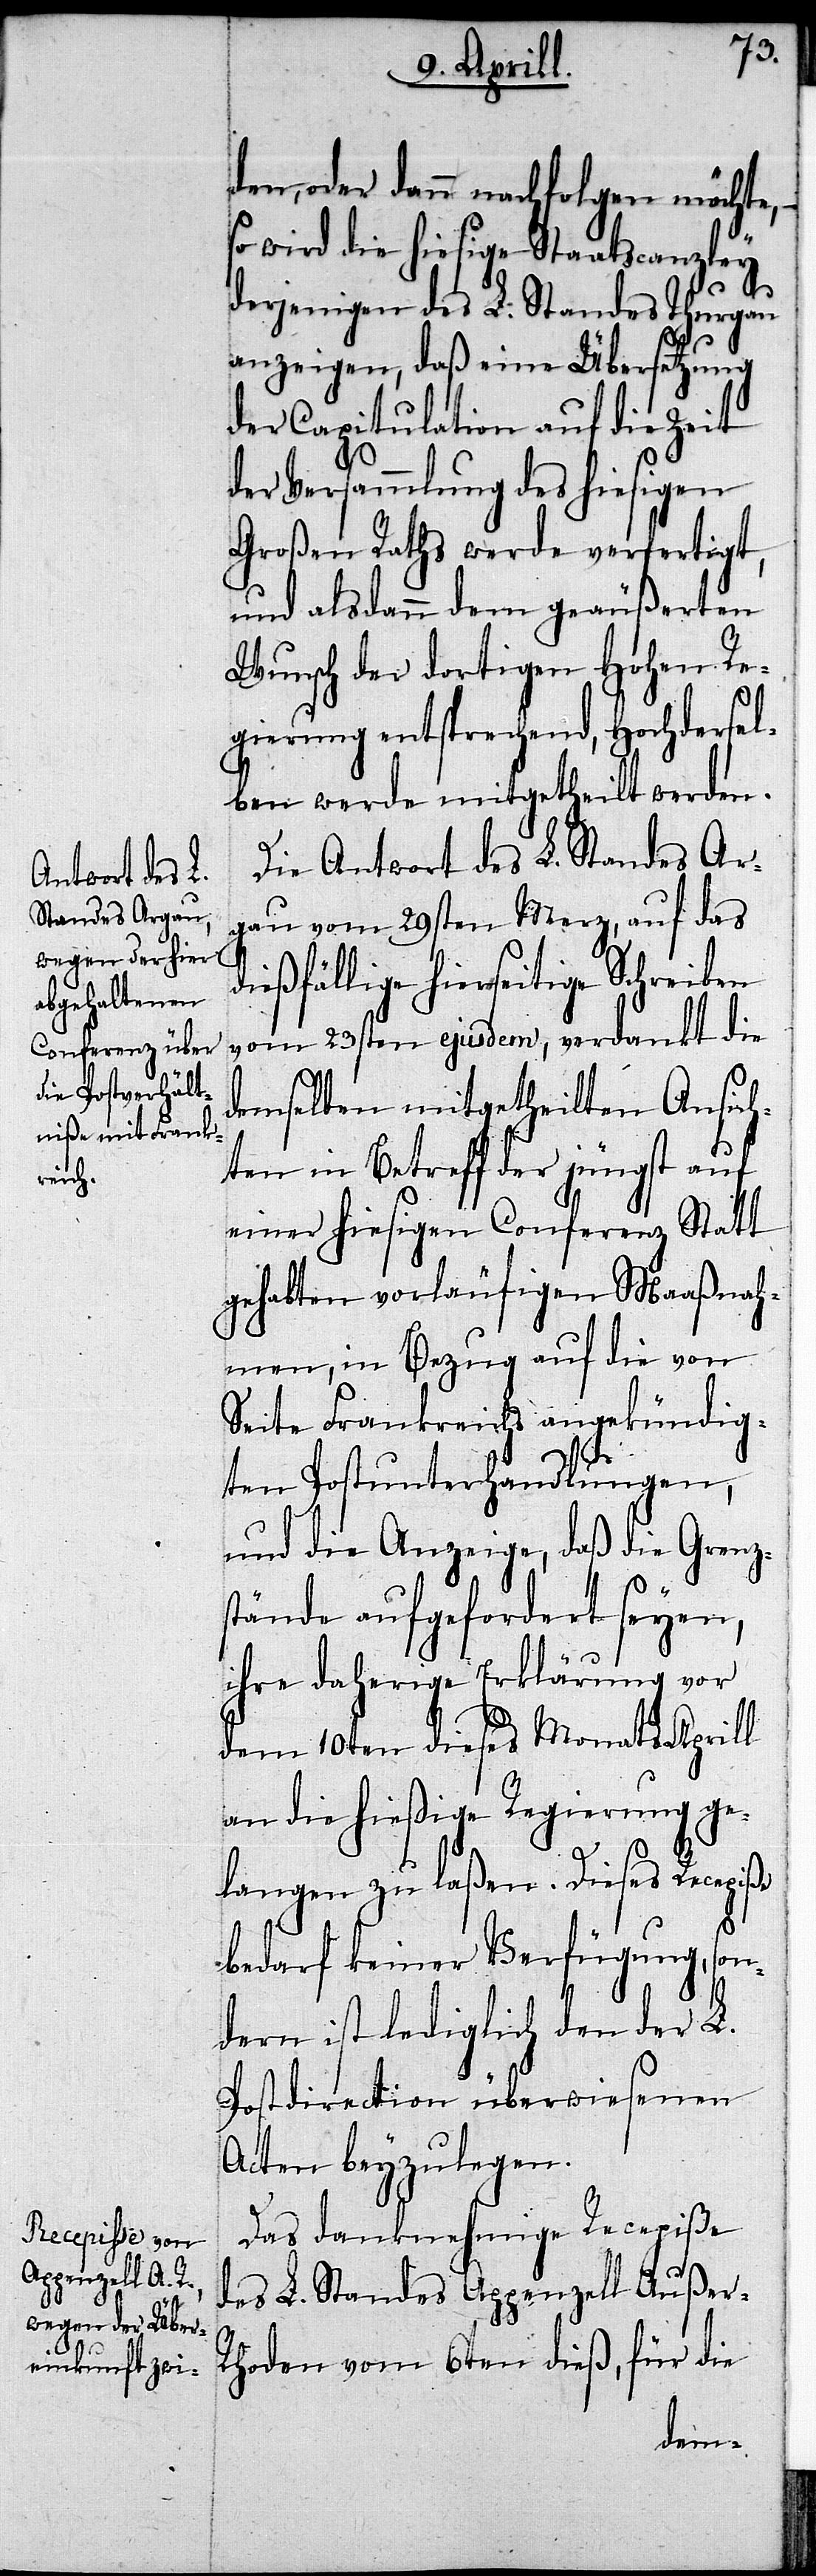
den, oder dann nachfolgen möchte,–
so wird die hiesige Staatscanzley
derjenigen des L. Standes Thurgau
anzeigen, daß eine Übersetzung
der Capitulation auf die Zeit
der Versammlung des hiesigen
Großen Raths werde verfertigt,
und alsdann dem geäußerten
Wunsch der dortigen Hohen Re¬
gierung entsprechend, Hochdersel¬
ben werde mitgetheilt werden.
Die Antwort des L. Standes Ar¬
gau vom 29sten Merz, auf das
dießfällige hierseitige Schreiben
vom 23sten ejusdem, verdankt die
demselben mitgetheilten Ansich¬
ten in Betreff der jüngst auf
einer hiesigen Conferenz Statt
gehabten vorläufigen Maaßnah¬
men, in Bezug auf die von
Seite Frankreichs angekündig¬
ten Postunterhandlungen,
und die Anzeige, daß die Grenz¬
stände aufgefordert seyen,
ihre daherige Erklärung vor
dem 10ten dieses Monaths Aprill
an die hießige Regierung ge¬
langen zu laßen. Dieses Recepiße
bedarf keiner Verfügung, son¬
dern ist lediglich den der L.
Postdirection überwiesenen
Acten beyzulegen.
Das danknehmige Recepiße
des L. Standes Appenzell Außer-R¬
hoden vom 6ten dieß, für die